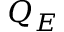
Q _ { E }